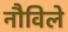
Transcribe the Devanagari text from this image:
नौविले